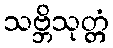
သဗ္ဘိသုတ္တံ